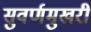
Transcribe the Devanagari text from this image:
सुवर्णमुखरी